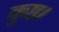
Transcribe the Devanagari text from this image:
कुष्ठ।